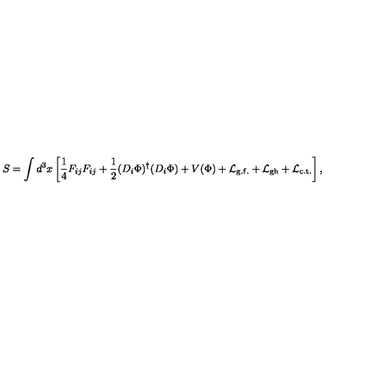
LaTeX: S = \int d ^ { 3 } x \left[ \frac { 1 } { 4 } F _ { i j } F _ { i j } + \frac { 1 } { 2 } ( D _ { i } \Phi ) ^ { \dagger } ( D _ { i } \Phi ) + V ( \Phi ) + { \cal L } _ { \mathrm { g . f . } } + { \cal L } _ { \mathrm { g h } } + { \cal L } _ { \mathrm { c . t . } } \right] ,